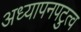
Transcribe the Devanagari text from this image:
अध्यापनपटुत्व